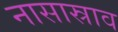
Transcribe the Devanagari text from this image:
नासास्राव